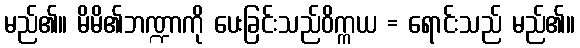
မည်၏။ မိမိ၏ဘဏ္ဍာကို ပေးခြင်းသည်ဝိက္ကယ = ရောင်းသည် မည်၏။